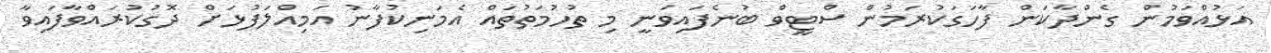
އަޅުއްވަމުން ގެންދާކަން ފާހަގަކުރަމުން ސްޓީވް ބުނެފައިވަނީ މި ތުހުމަތުތައް އެމަނިކުފާނު އަމިއްލަފުޅަށް ދޮގުކުރައްވާފައިވާ